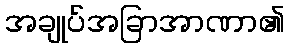
အချုပ်အခြာအာဏာ၏